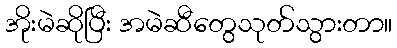
အိုးမဲဆိုပြီး အမဲဆီတွေသုတ်သွားတာ။